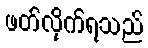
ဖတ်လိုက်ရသည်